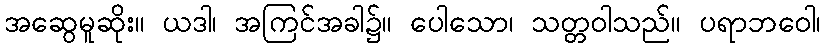
အဆွေမူဆိုး။ ယဒါ၊ အကြင်အခါ၌။ ပေါသော၊ သတ္တဝါသည်။ ပရာဘဝေါ၊